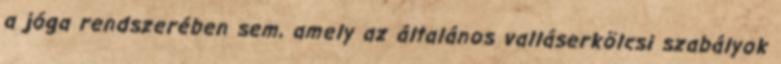
a jóga rendszerében sem, amely az általános valláserkölcsi szabályok